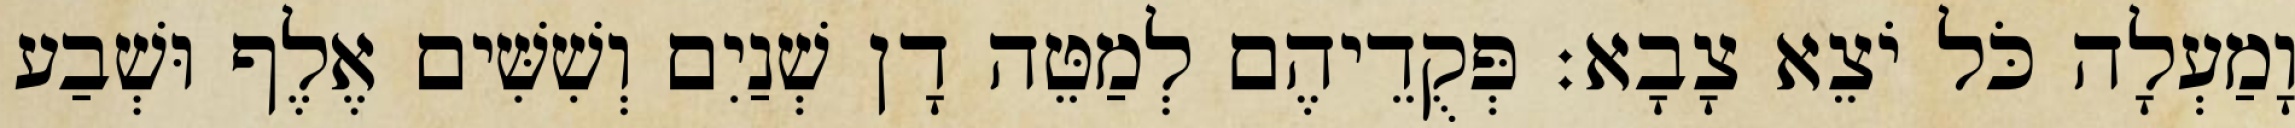
וָמַעְלָה כֹּל יֹצֵא צָבָא׃ פְּקֻדֵיהֶם לְמַטֵּה דָן שְׁנַיִם וְשִׁשִּׁים אֶלֶף וּשְׁבַע